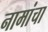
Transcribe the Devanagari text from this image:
नामांचा